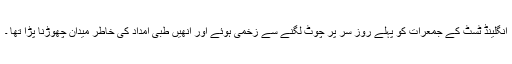
انگلینڈ ٹسٹ کے جمعرات کو پہلے روز سَر پر چوٹ لگنے سے زخمی ہوئے اور انھیں طبی امداد کی خاطر میدان چھوڑنا پڑا تھا ۔